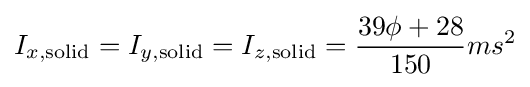
I_{x,\mathrm {solid} }=I_{y,\mathrm {solid} }=I_{z,\mathrm {solid} }={\frac {39\phi +28}{150}}ms^{2}\,\!